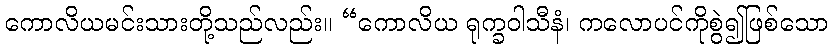
ကောလိယမင်းသားတို့သည်လည်း။ “ကောလိယ ရုက္ခဝါသီနံ၊ ကလောပင်ကိုစွဲ၍ဖြစ်သော